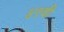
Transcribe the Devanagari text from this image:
४९वी